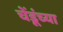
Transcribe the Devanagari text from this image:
चेंडूंच्या